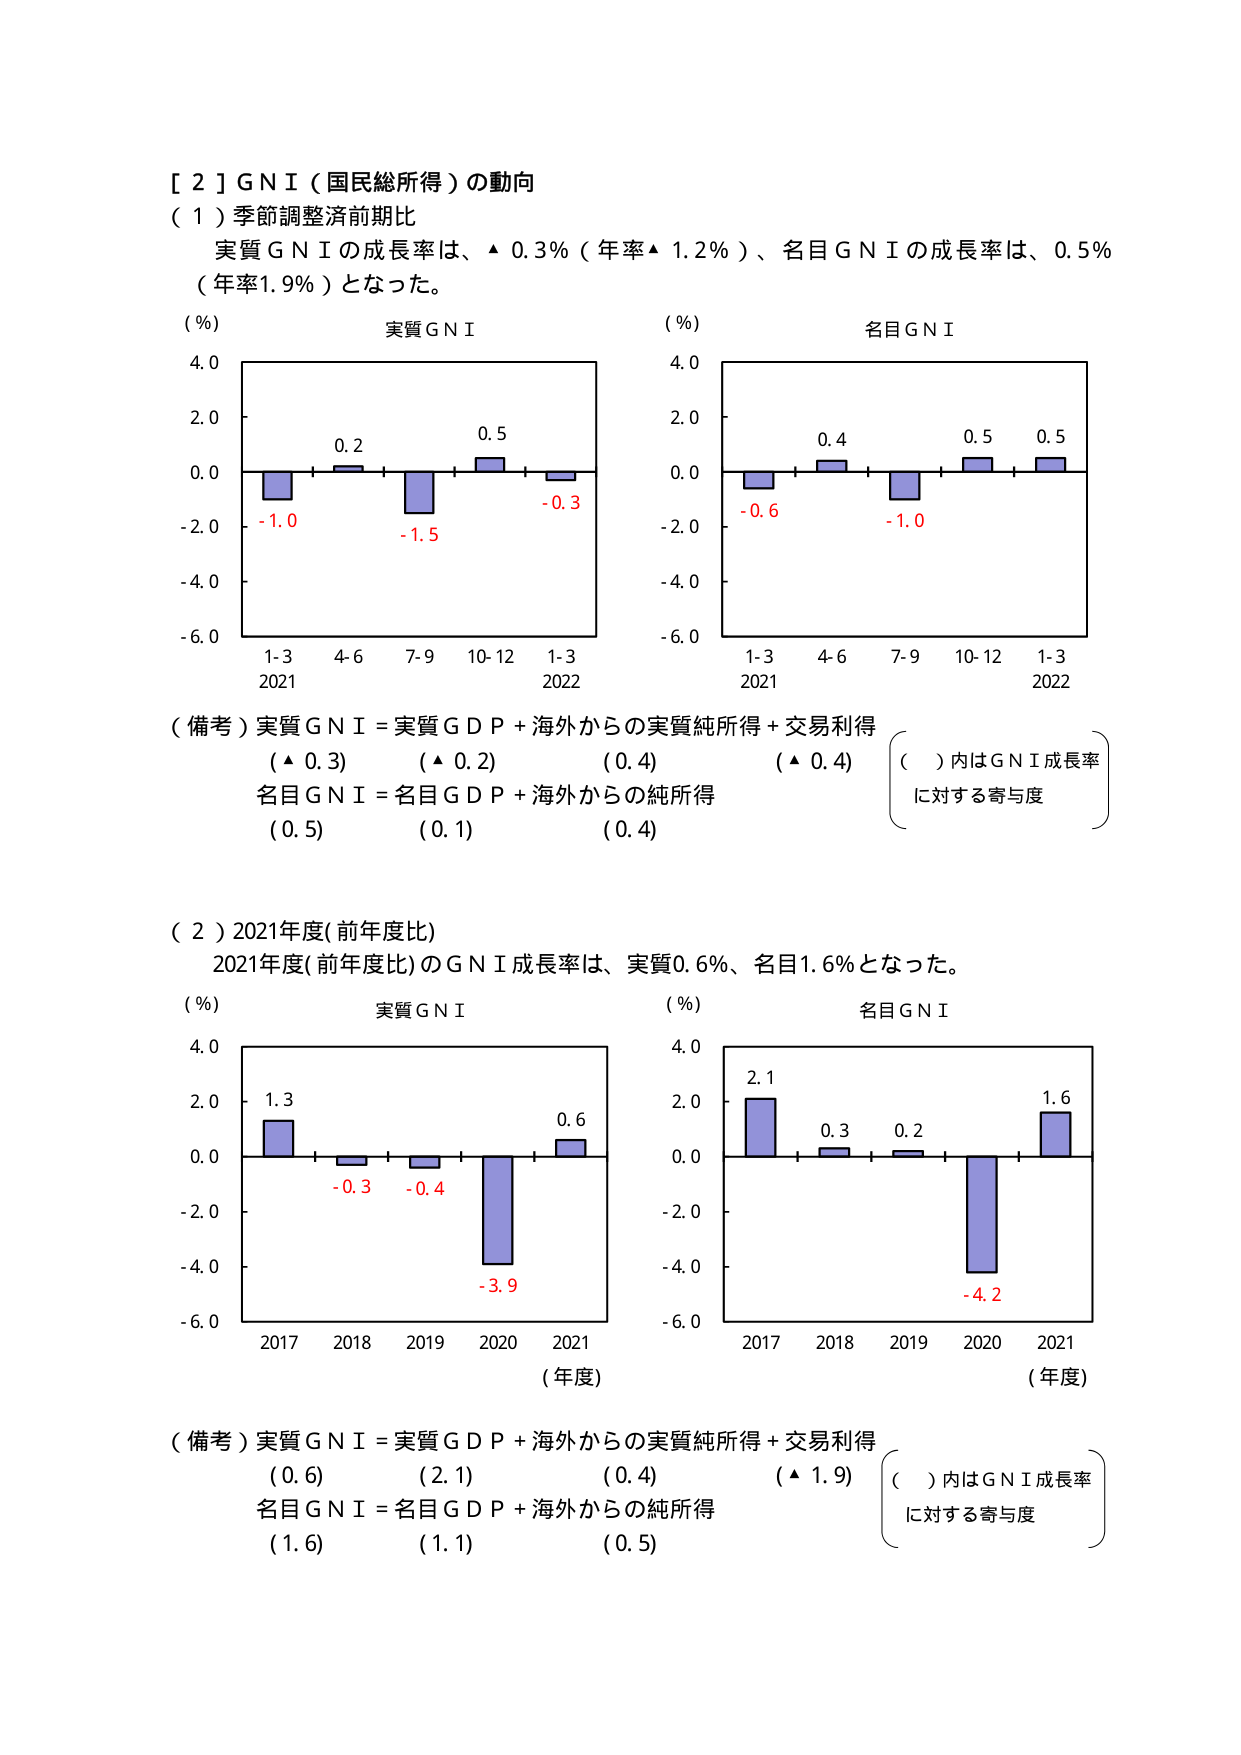
［２］ＧＮＩ（国民総所得）の動向
（１）季節調整済前期比
　実質ＧＮＩの成長率は、▲ 0.3％（年率▲ 1.2％）、名目ＧＮＩの成長率は、0.5％（年率1.9％）となった。

（％）
実質ＧＮＩ
4.0
2.0
0.0
-2.0
-4.0
-6.0
1-3
2021
4-6
7-9
10-12
1-3
2022
0.2
0.5
-1.0
-1.5
-0.3

（％）
名目ＧＮＩ
4.0
2.0
0.0
-2.0
-4.0
-6.0
1-3
2021
4-6
7-9
10-12
1-3
2022
0.4
0.5
0.5
-0.6
-1.0

（備考）実質ＧＮＩ＝実質ＧＤＰ＋海外からの実質純所得＋交易利得
（▲ 0.3）　（▲ 0.2）　（0.4）　（▲ 0.4）
名目ＧＮＩ＝名目ＧＤＰ＋海外からの純所得
（0.5）　（0.1）　（0.4）
（　）内はＧＮＩ成長率に対する寄与度

（２）2021年度（前年度比）
　2021年度（前年度比）のＧＮＩ成長率は、実質0.6％、名目1.6％となった。

（％）
実質ＧＮＩ
4.0
2.0
0.0
-2.0
-4.0
-6.0
2017
2018
2019
2020
2021
1.3
-0.3
-0.4
-3.9
0.6
（年度）

（％）
名目ＧＮＩ
4.0
2.0
0.0
-2.0
-4.0
-6.0
2017
2018
2019
2020
2021
2.1
0.3
0.2
-4.2
1.6
（年度）

（備考）実質ＧＮＩ＝実質ＧＤＰ＋海外からの実質純所得＋交易利得
（0.6）　（2.1）　（0.4）　（▲ 1.9）
名目ＧＮＩ＝名目ＧＤＰ＋海外からの純所得
（1.6）　（1.1）　（0.5）
（　）内はＧＮＩ成長率に対する寄与度